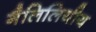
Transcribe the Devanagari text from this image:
गैलिलियीय